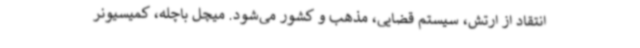
انتقاد از ارتش، سیستم قضایی، مذهب و کشور می‌شود. میچل باچله، کمیسیونر